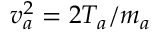
v _ { a } ^ { 2 } = 2 T _ { a } / m _ { a }